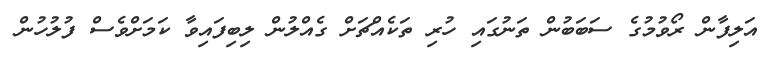
އަލިފާން ރޯވުމުގެ ސަބަބުން ތަނުގައި ހުރި ތަކެއްޗަށް ގެއްލުން ލިބިފައިވާ ކަމަށްވެސް ފުލުހުން